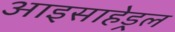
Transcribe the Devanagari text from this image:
आइसाहेड्रल